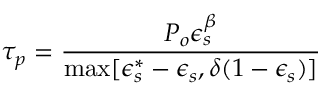
\tau _ { p } = \frac { P _ { o } \epsilon _ { s } ^ { \beta } } { \mathrm { m a x } [ \epsilon _ { s } ^ { * } - \epsilon _ { s } , \delta ( 1 - \epsilon _ { s } ) ] }